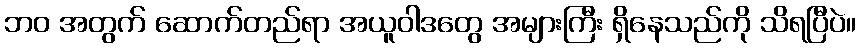
ဘဝ အတွက် ဆောက်တည်ရာ အယူဝါဒတွေ အများကြီး ရှိနေသည်ကို သိရပြီပဲ။